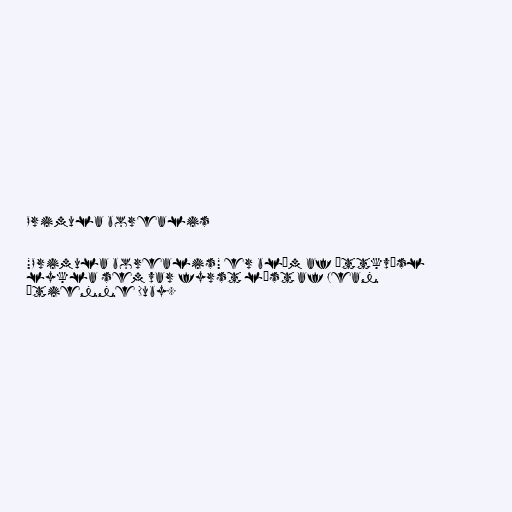
Primula borealis

"Primula borealis" er blóm af ættkvísl
lykla sem var fyrst lýst af Jean
Étienne Duby.